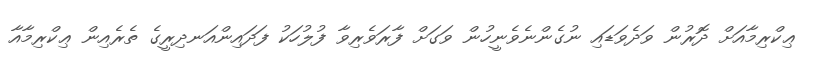
ޢިކްރިމާއަށް ދޮރުން ވަދެވަޑައި ނުގެންނެވެނީހުން ވަގަށް ފާރަވެރިވާ ފުލުހަކު ފަދައިންއަނދިރީގެ ތެރެއިން ޢިކްރިމާއާ